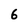
Character: 6